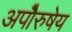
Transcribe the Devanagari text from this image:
अपाेेैरुषेय